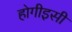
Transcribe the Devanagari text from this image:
होगीइसी